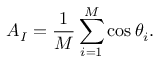
A _ { I } = \frac { 1 } { M } \sum _ { i = 1 } ^ { M } \cos \theta _ { i } .